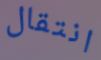
انتقال